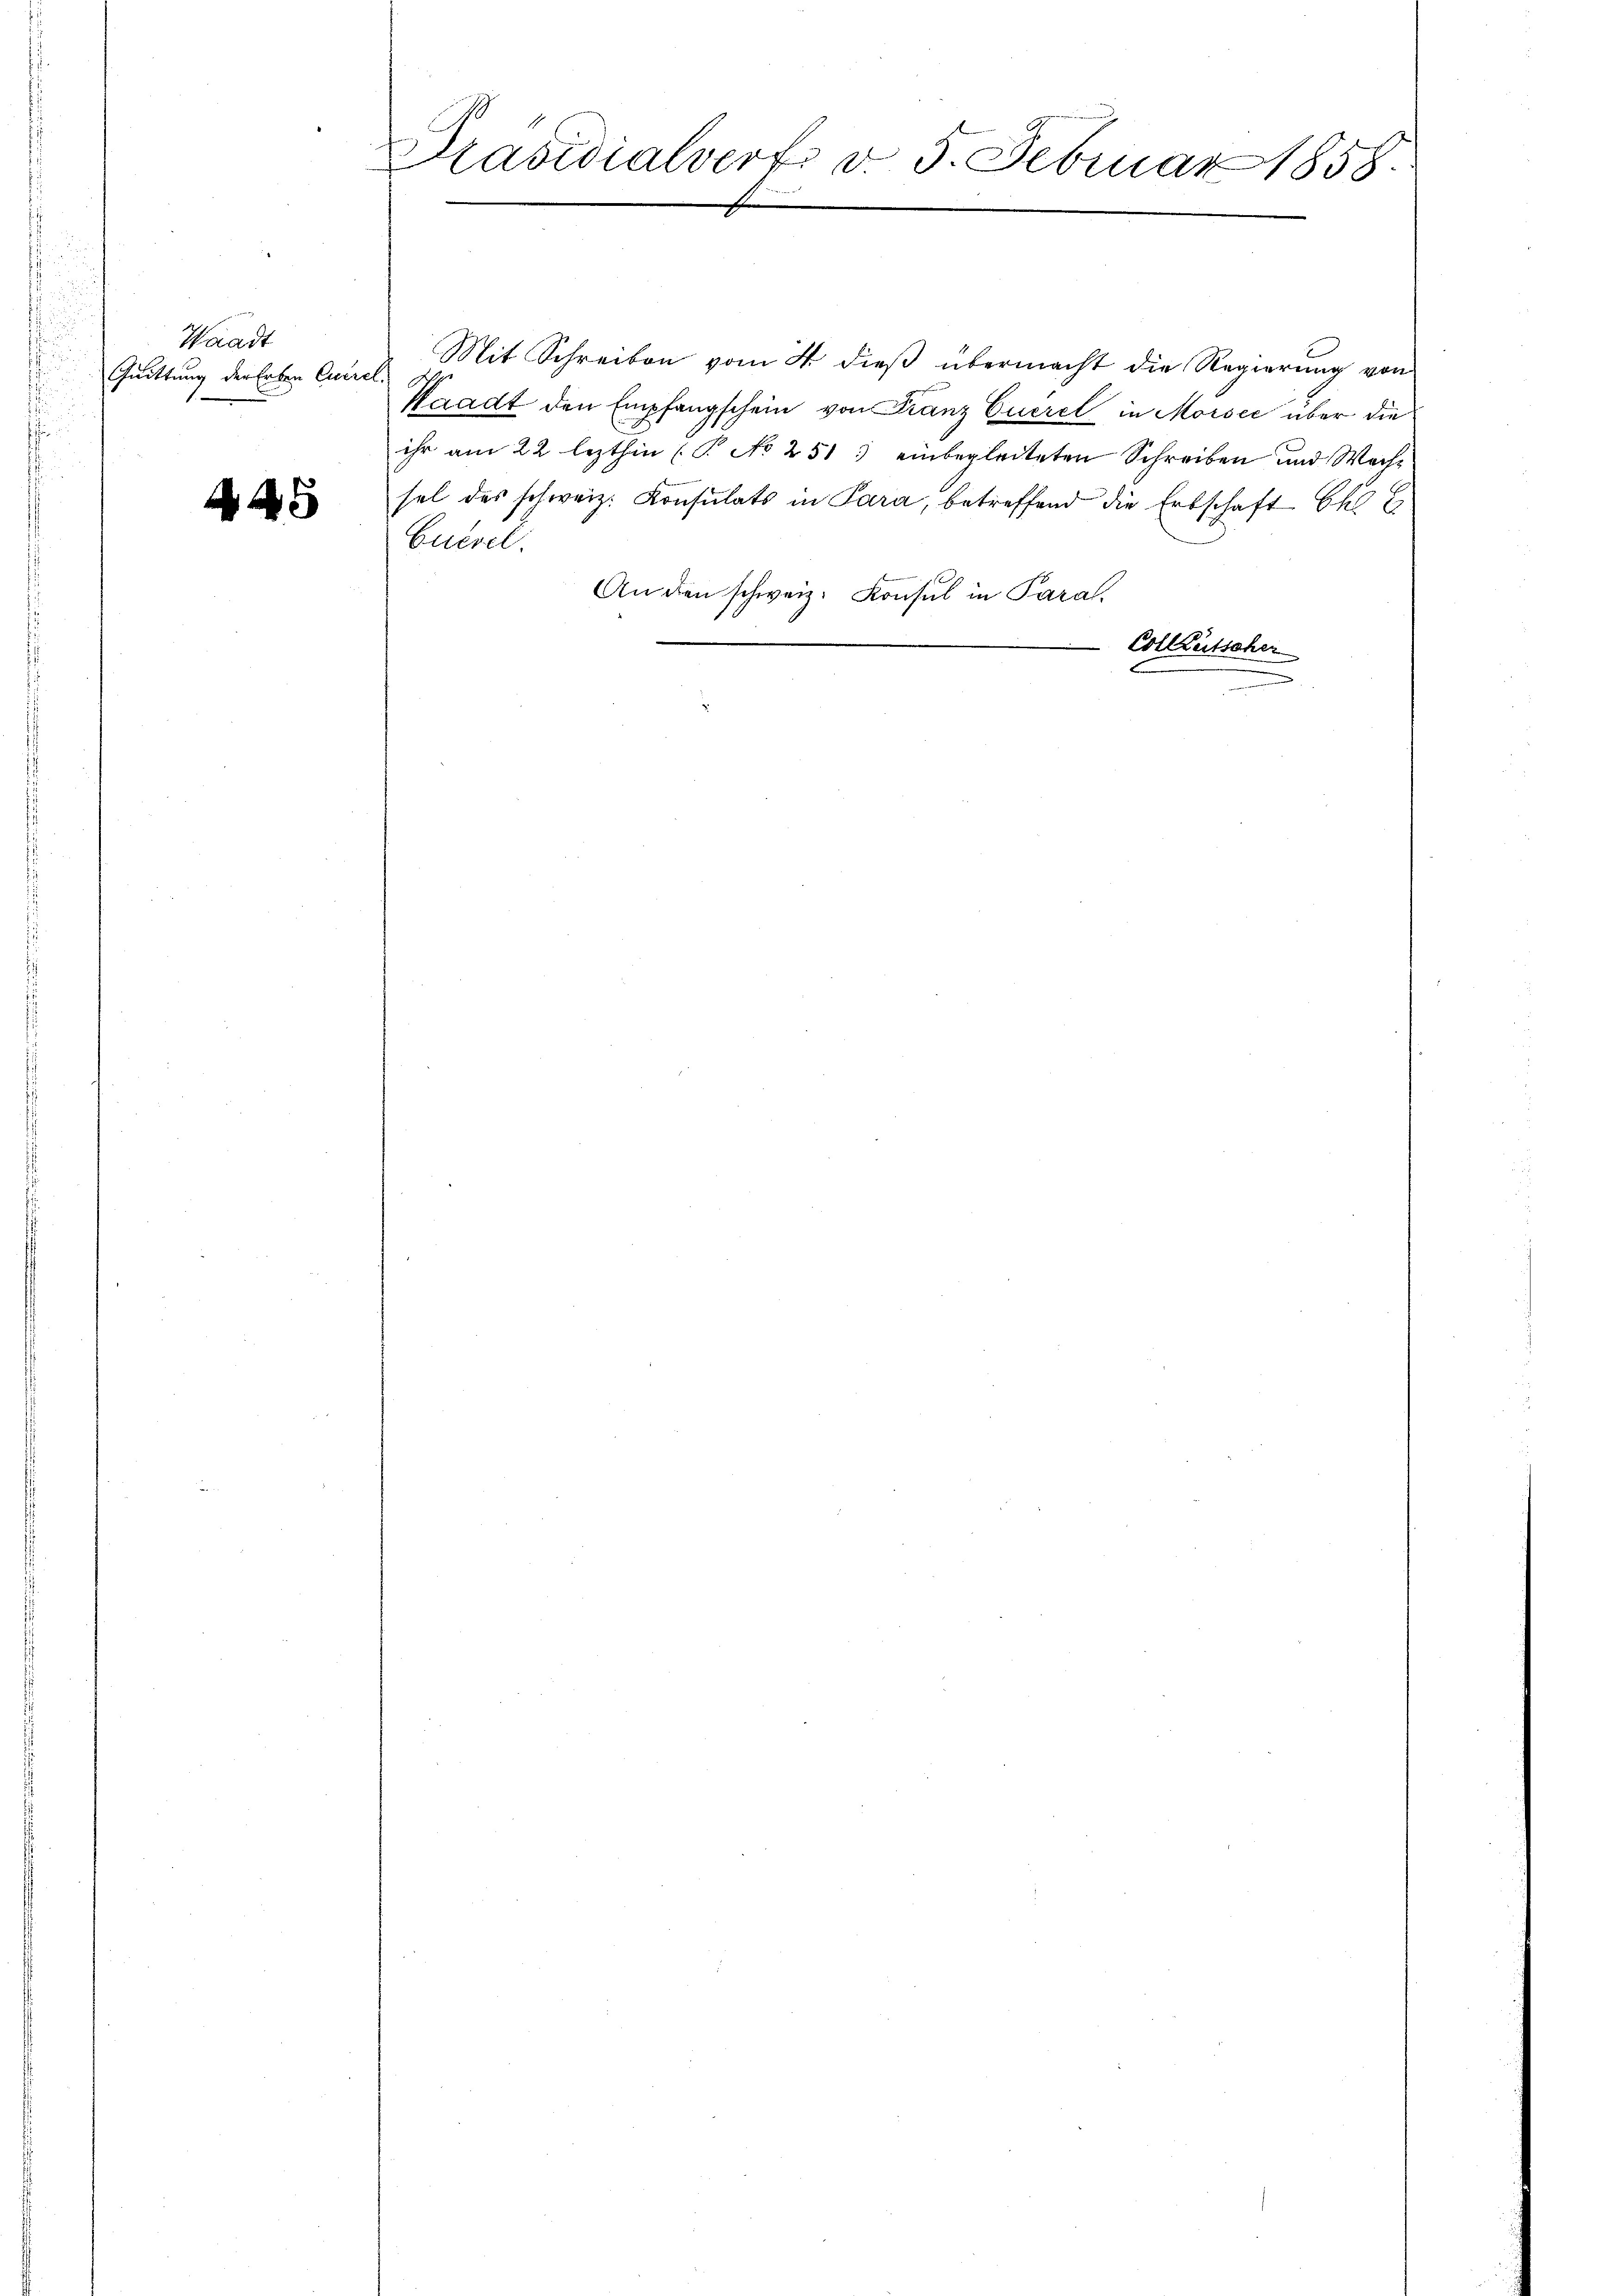
Waadt
Quittung der Erben Euere
.

A

Mit Schreiben vom 4. dieβ übermacht die Regierung von
l
Waadt den Empfangschein von Franz Euerel in Morser über die
ihr am 22 lezthin (P No 251 einbegleiteten Schreiben und Wechsel des schweiz. Konsulats in Para, betreffend die Erbschaft Ek E
Cucsel.
An den schweiz. Konsul in Paral
 Colleutscher
n

Präsidialvert d. 5. Februar 1858.